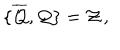
LaTeX: \{ \overline { { { \cal { Q } } } } , { \cal { Q } } \} = { \cal { Z } } \, ,